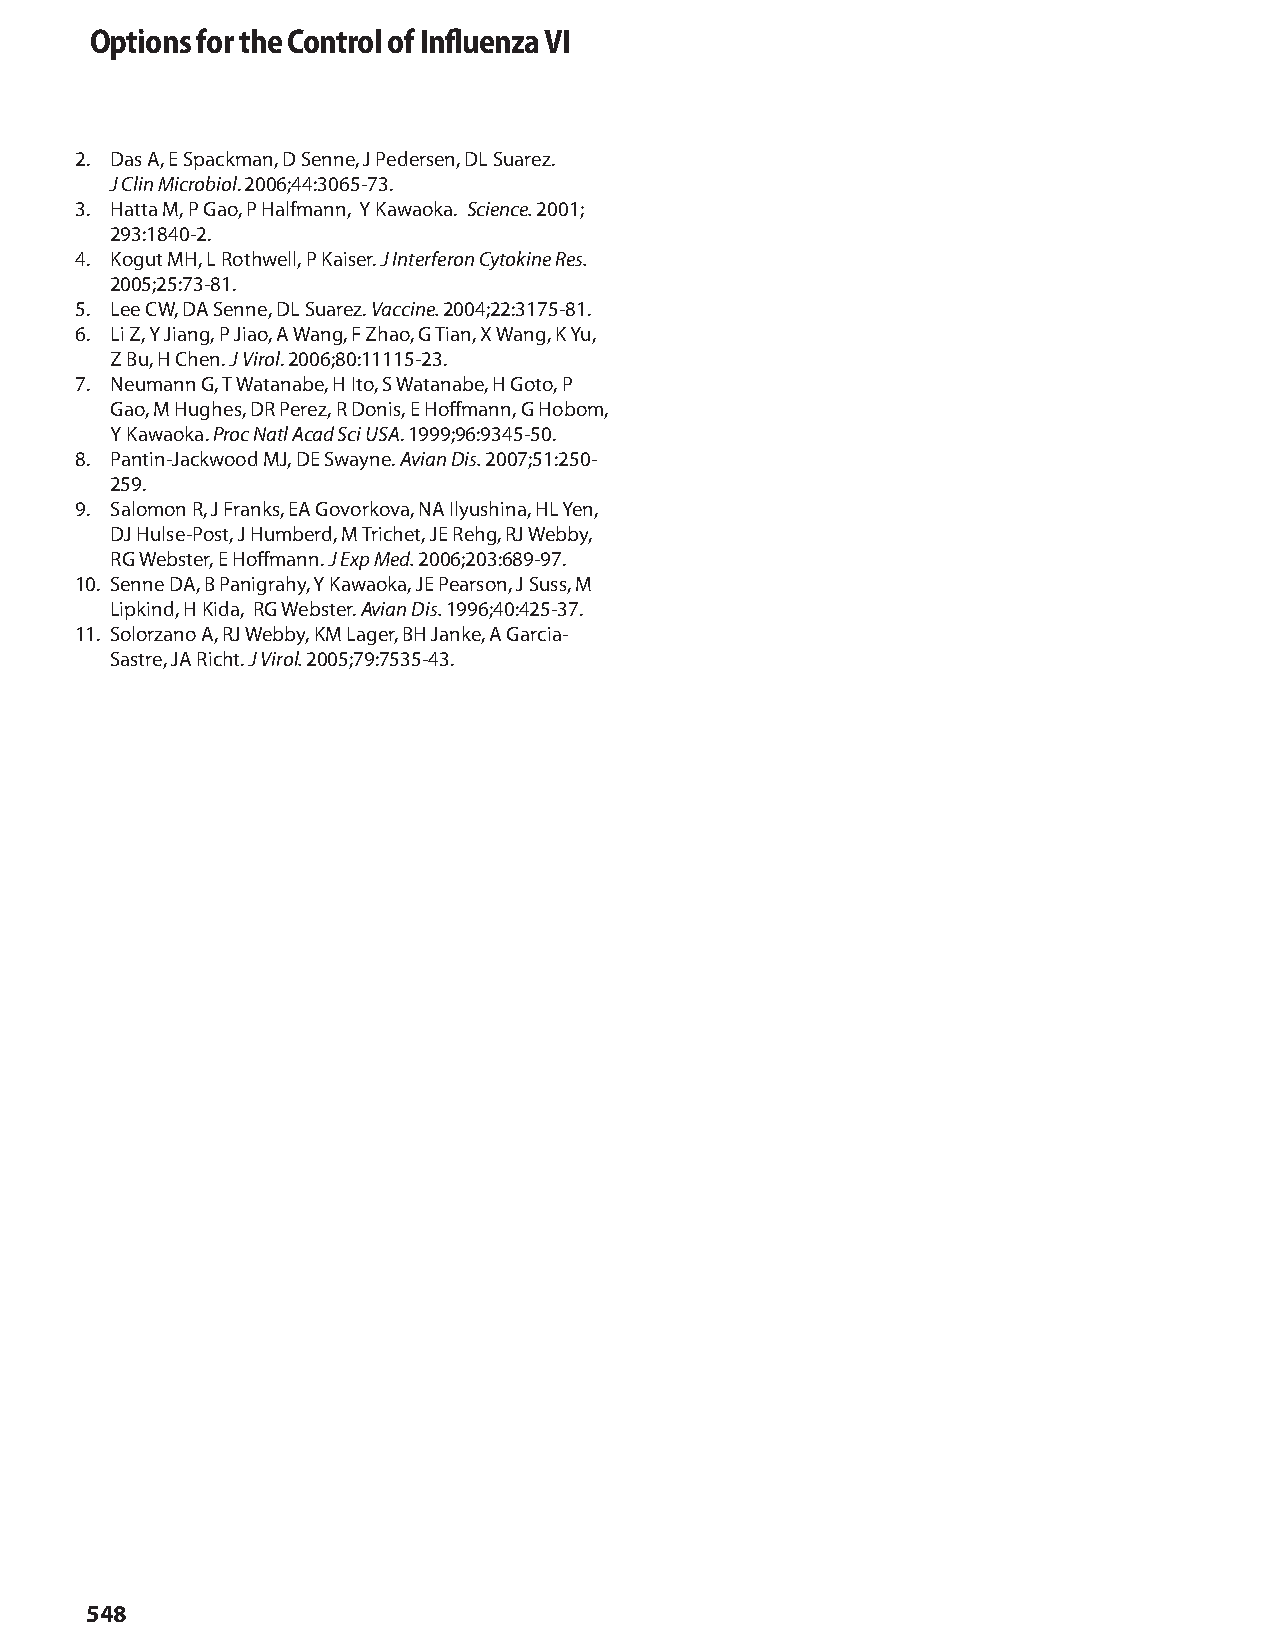
Options for the Control of Influenza VI
 2. Das A, E Spackman, D Senne, J Pedersen, DL Suarez.
 J Clin Microbiol. 2006;44:3065-73.
 3. Hatta M, P Gao, P Halfmann, Y Kawaoka. Science. 2001;
 293:1840-2.
 4. Kogut MH, L Rothwell, P Kaiser. J Interferon Cytokine Res.
 2005;25:73-81.
 5. Lee CW, DA Senne, DL Suarez. Vaccine. 2004;22:3175-81.
 6. Li Z, Y Jiang, P Jiao, A Wang, F Zhao, G Tian, X Wang, K Yu,
 Z Bu, H Chen. J Virol. 2006;80:11115-23.
 7. Neumann G, T Watanabe, H Ito, S Watanabe, H Goto, P
 Gao, M Hughes, DR Perez, R Donis, E Hoffmann, G Hobom,
 Y Kawaoka. Proc Natl Acad Sci USA. 1999;96:9345-50.
 8. Pantin-Jackwood MJ, DE Swayne. Avian Dis. 2007;51:250-
 259.
 9. Salomon R, J Franks, EA Govorkova, NA Ilyushina, HL Yen,
 DJ Hulse-Post, J Humberd, M Trichet, JE Rehg, RJ Webby,
 RG Webster, E Hoffmann. J Exp Med. 2006;203:689-97.
 10. Senne DA, B Panigrahy, Y Kawaoka, JE Pearson, J Suss, M
 Lipkind, H Kida, RG Webster. Avian Dis. 1996;40:425-37.
 11. Solorzano A, RJ Webby, KM Lager, BH Janke, A Garcia-
 Sastre, JA Richt. J Virol. 2005;79:7535-43.
 548